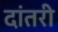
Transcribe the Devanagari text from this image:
दांतरी